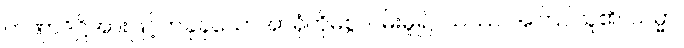
တဏှာဒိဋ္ဌိအားဖြင့်တခုခုသောအာရုံကိုမစွဲလမ်းမူ၍။ ယဿ၊ အကြင်သူ၏။ သမ္မာ၊